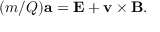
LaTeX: ( m / Q ) \mathbf { a } = \mathbf { E } + \mathbf { v } \times \mathbf { B } .